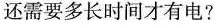
还需要多长时间才有电?